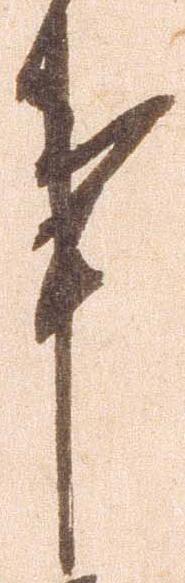
事